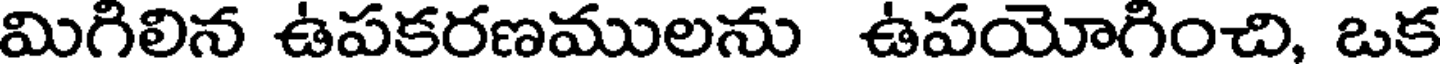
మిగిలిన ఉపకరణములను ఉపయోగించి, ఒక